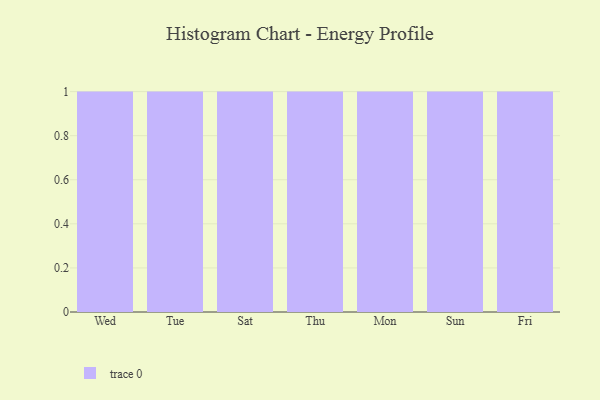
{"axis": {"x": "Day", "y": "Demand Index"}, "legend": [""], "data": [{"x": "Wed", "y": 17, "type": ""}, {"x": "Tue", "y": 51, "type": ""}, {"x": "Sat", "y": 97, "type": ""}, {"x": "Thu", "y": 37, "type": ""}, {"x": "Mon", "y": 48, "type": ""}, {"x": "Sun", "y": 67, "type": ""}, {"x": "Fri", "y": 20, "type": ""}]}